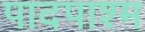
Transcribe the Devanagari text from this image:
पादपाश्म